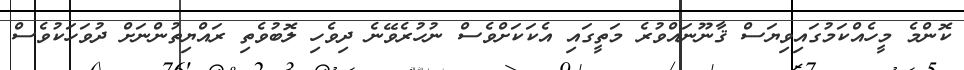
ކޮންމެ މީހެއްކަމުގައިވިޔަސް ޤާނޫނަައްވުރެ މަތީގައި އެކަކަށްވެސް ނުހުރެވޭނެ ދިވެހި ލޮބުވެތި ރައްޔިތުންނަށް ދުވަހަކުވެސް